Annual report on the working of the mental hospitals in the Madras Presidency - 1912-1932
Year: 1912
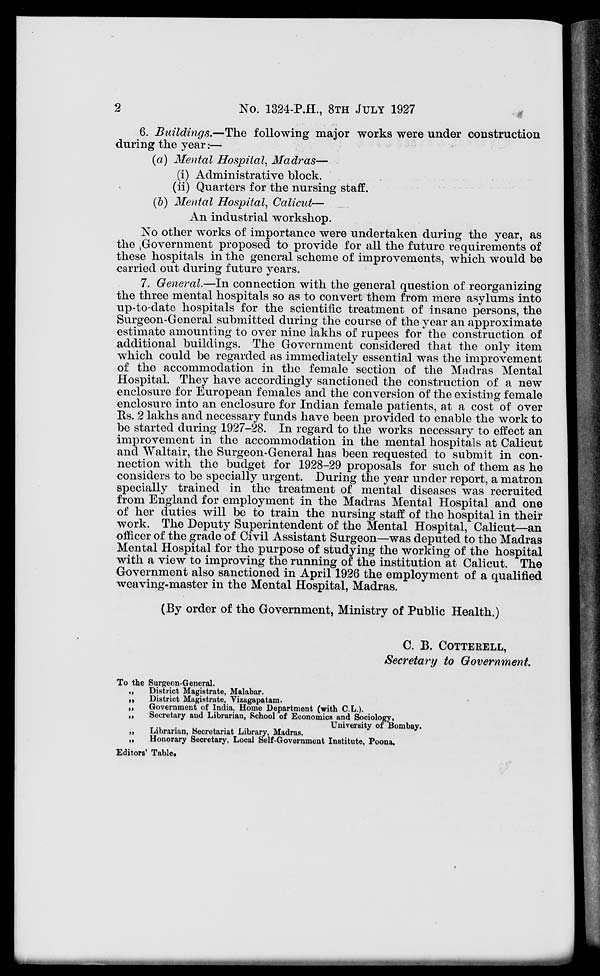
2
No. 1324-P.H., 8TH JULY 1927
6. Buildings.—The following major works were under construction
during the year:—
(a) Mental Hospital, Madras—
(i) Administrative block.
(ii) Quarters for the nursing staff.
(b) Mental Hospital, Calicut—
An industrial workshop.
No other works of importance were undertaken during the year, as
the Government proposed to provide for all the future requirements of
these hospitals in the general scheme of improvements, which would be
carried out during future years.
7. General.—In connection with the general question of reorganizing
the three mental hospitals so as to convert them from mere asylums into
up-to-date hospitals for the scientific treatment of insane persons, the
Surgeon-General submitted during the course of the year an approximate
estimate amounting to over nine lakhs of rupees for the construction of
additional buildings. The Government considered that the only item
which could be regarded as immediately essential was the improvement
of the accommodation in the female section of the Madras Mental
Hospital. They have accordingly sanctioned the construction of a new
enclosure for European females and the conversion of the existing female
enclosure into an enclosure for Indian female patients, at a cost of over
Rs. 2 lakhs and necessary funds have been provided to enable the work to
be started during 1927-28. In regard to the works necessary to effect an
improvement in the accommodation in the mental hospitals at Calicut
and Waltair, the Surgeon-General has been requested to submit in con-
nection with the budget for 1928-29 proposals for such of them as he
considers to be specially urgent. During the year under report, a matron
specially trained in the treatment of mental diseases was recruited
from England for employment in the Madras Mental Hospital and one
of her duties will be to train the nursing staff of the hospital in their
work. The Deputy Superintendent of the Mental Hospital, Calicut—an
officer of the grade of Civil Assistant Surgeon—was deputed to the Madras
Mental Hospital for the purpose of studying the working of the hospital
with a view to improving the running of the institution at Calicut. The
Government also sanctioned in April 1926 the employment of a qualified
weaving-master in the Mental Hospital, Madras.
(By order of the Government, Ministry of Public Health.)
C. B. COTTERELL,
Secretary to Government.
To the Surgeon-General.
„
District Magistrate, Malabar.
„
District Magistrate, Vizagapatam.
„
Government of India, Home Department (with C.L.).
„
Secretary and Librarian, School of Economics and Sociology,
University of Bombay.
„
Librarian, Secretariat Library, Madras.
„
Honorary Secretary, Local Self-Government Institute, Poona.
Editors' Table.